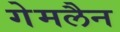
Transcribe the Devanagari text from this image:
गेमलैन